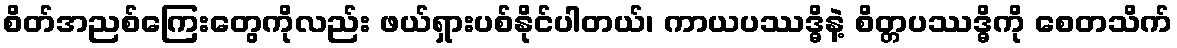
စိတ်အညစ်ကြေးတွေကိုလည်း ဖယ်ရှားပစ်နိုင်ပါတယ်၊ ကာယပဿဒ္ဓိနဲ့ စိတ္တပဿဒ္ဓိကို စေတသိက်